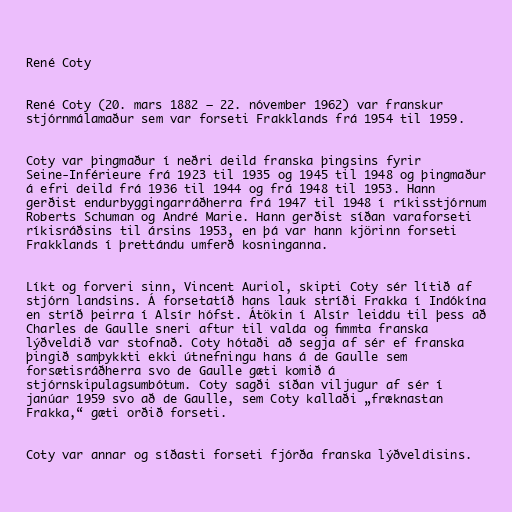
René Coty

René Coty (20. mars 1882 – 22. nóvember 1962) var franskur
stjórnmálamaður sem var forseti Frakklands frá 1954 til 1959.

Coty var þingmaður í neðri deild franska þingsins fyrir
Seine-Inférieure frá 1923 til 1935 og 1945 til 1948 og þingmaður
á efri deild frá 1936 til 1944 og frá 1948 til 1953. Hann
gerðist endurbyggingarráðherra frá 1947 til 1948 í ríkisstjórnum
Roberts Schuman og André Marie. Hann gerðist síðan varaforseti
ríkisráðsins til ársins 1953, en þá var hann kjörinn forseti
Frakklands í þrettándu umferð kosninganna.

Líkt og forveri sinn, Vincent Auriol, skipti Coty sér lítið af
stjórn landsins. Á forsetatíð hans lauk stríði Frakka í Indókína
en stríð þeirra í Alsír hófst. Átökin í Alsír leiddu til þess að
Charles de Gaulle sneri aftur til valda og fimmta franska
lýðveldið var stofnað. Coty hótaði að segja af sér ef franska
þingið samþykkti ekki útnefningu hans á de Gaulle sem
forsætisráðherra svo de Gaulle gæti komið á
stjórnskipulagsumbótum. Coty sagði síðan viljugur af sér í
janúar 1959 svo að de Gaulle, sem Coty kallaði „fræknastan
Frakka,“ gæti orðið forseti.

Coty var annar og síðasti forseti fjórða franska lýðveldisins.